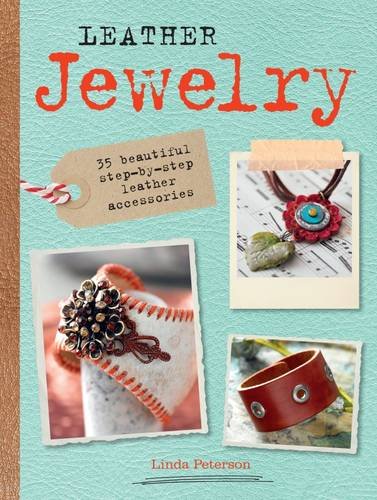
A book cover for Leather Jewelry: 35 beautiful step-by-step leather accessories; Linda Peterson; Crafts, Hobbies & Home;